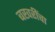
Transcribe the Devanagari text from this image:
बखरींचा